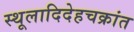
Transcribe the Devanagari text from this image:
स्थूलादिदेहचक्रांत